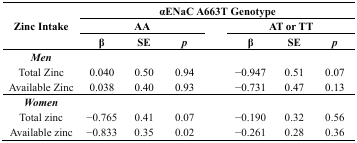
| <ROWSPAN=3> Zinc Intake | <COLSPAN=7> αENaC A663T Genotype |
 | <COLSPAN=3> AA |  | <COLSPAN=3> AT or TT |
 | β | SE | p |  | β | SE | p |
 | --- | --- | --- | --- | --- | --- | --- | --- |
 | Men | <COLSPAN=7>  |
 | Total Zinc | 0.040 | 0.50 | 0.94 |  | −0.947 | 0.51 | 0.07 |
 | Available Zinc | 0.038 | 0.40 | 0.93 |  | −0.731 | 0.47 | 0.13 |
 | Women | <COLSPAN=7>  |
 | Total zinc | −0.765 | 0.41 | 0.07 |  | −0.190 | 0.32 | 0.56 |
 | Available zinc | −0.833 | 0.35 | 0.02 |  | −0.261 | 0.28 | 0.36 |